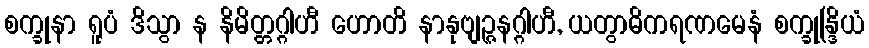
စက္ခုနာ ရူပံ ဒိသွာ န နိမိတ္တဂ္ဂါဟီ ဟောတိ နာနုဗျဉ္ဇနဂ္ဂါဟီ, ယတွာဓိကရဏမေနံ စက္ခုန္ဒြိယံ